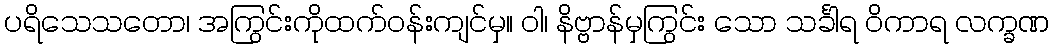
ပရိသေသတော၊ အကြွင်းကိုထက်ဝန်းကျင်မှ။ ဝါ၊ နိဗ္ဗာန်မှကြွင်း သော သင်္ခါရ ဝိကာရ လက္ခဏ